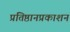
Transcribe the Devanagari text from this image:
प्रतिष्ठानप्रकाशन